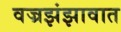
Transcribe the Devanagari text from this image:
वज्रझंझावात